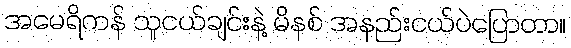
အမေရိကန် သူငယ်ချင်းနဲ့ မိနစ် အနည်းငယ်ပဲပြောတာ။